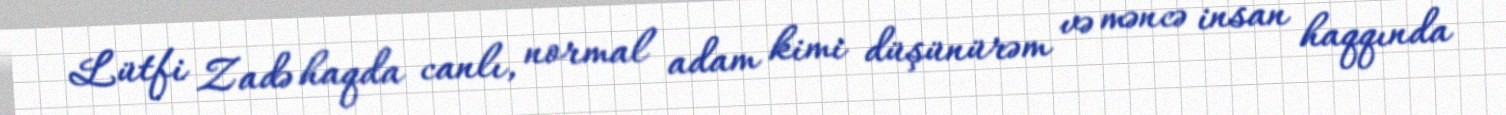
Lütfi Zadə haqda canlı, normal adam kimi düşünürəm və məncə insan haqqında